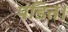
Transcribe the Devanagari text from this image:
पंडित।